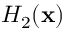
H _ { 2 } ( \mathbf { x } )